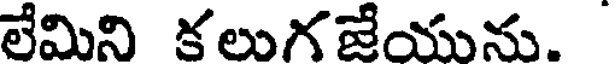
లేమిని కలుగజేయును.